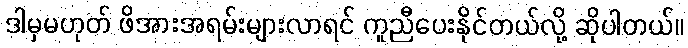
ဒါမှမဟုတ် ဖိအားအရမ်းများလာရင် ကူညီပေးနိုင်တယ်လို့ ဆိုပါတယ်။